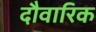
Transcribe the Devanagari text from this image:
दौवारिक